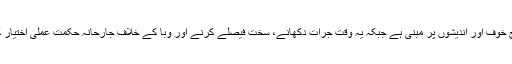
ان کی یہ سوچ خوف اور اندیشوں پر مبنی ہے جبکہ یہ وقت جرات دکھانے، سخت فیصلے کرنے اور وبا کے خلاف جارحانہ حکمت عملی اختیار کرنے کا ہے۔